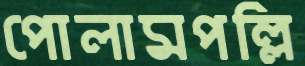
পোলামপল্লি